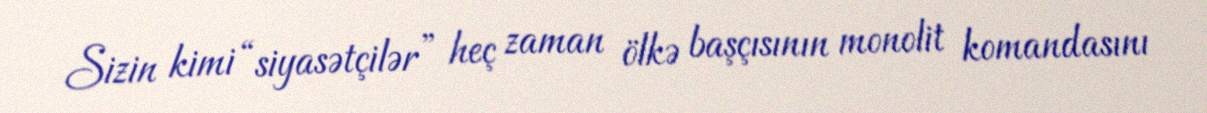
Sizin kimi “siyasətçilər” heç zaman ölkə başçısının monolit komandasını